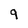
Character: 9